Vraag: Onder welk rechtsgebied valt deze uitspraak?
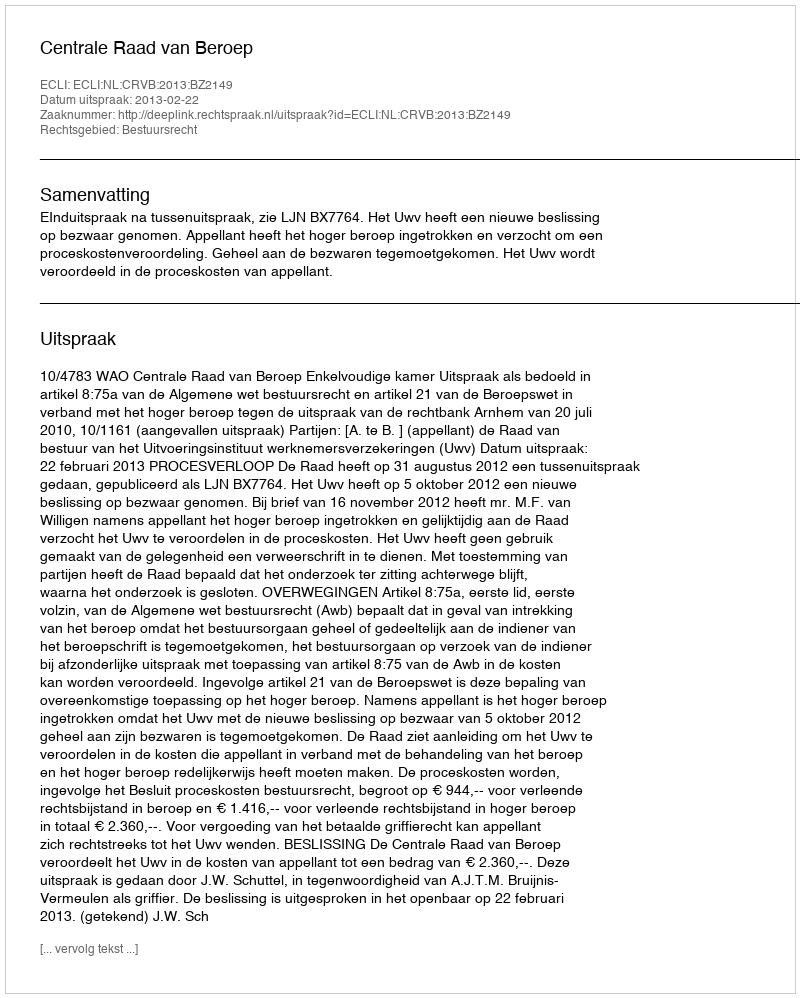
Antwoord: Bestuursrecht